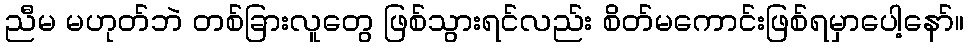
ညီမ မဟုတ်ဘဲ တစ်ခြားလူတွေ ဖြစ်သွားရင်လည်း စိတ်မကောင်းဖြစ်ရမှာပေါ့နော်။